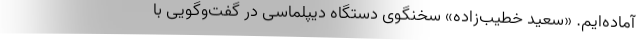
آماده‌ایم. «سعید خطیب‌زاده» سخنگوی دستگاه دیپلماسی در گفت‌وگویی با